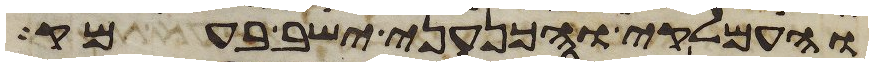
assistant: והעמלקי והכנעני ישב בעמק